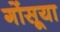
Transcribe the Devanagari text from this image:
गोंसूया